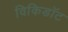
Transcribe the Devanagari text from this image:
विकिडॉट